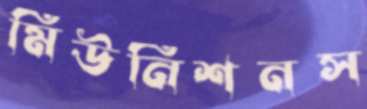
মিউনিশনস